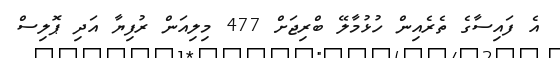
އެ ފައިސާގެ ތެރެއިން ހުޅުމާލޭ ބްރިޖަށް 477 މިލިއަން ރުފިޔާ އަދި ޕޮލިސް